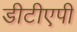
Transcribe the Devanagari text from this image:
डीटीएपी